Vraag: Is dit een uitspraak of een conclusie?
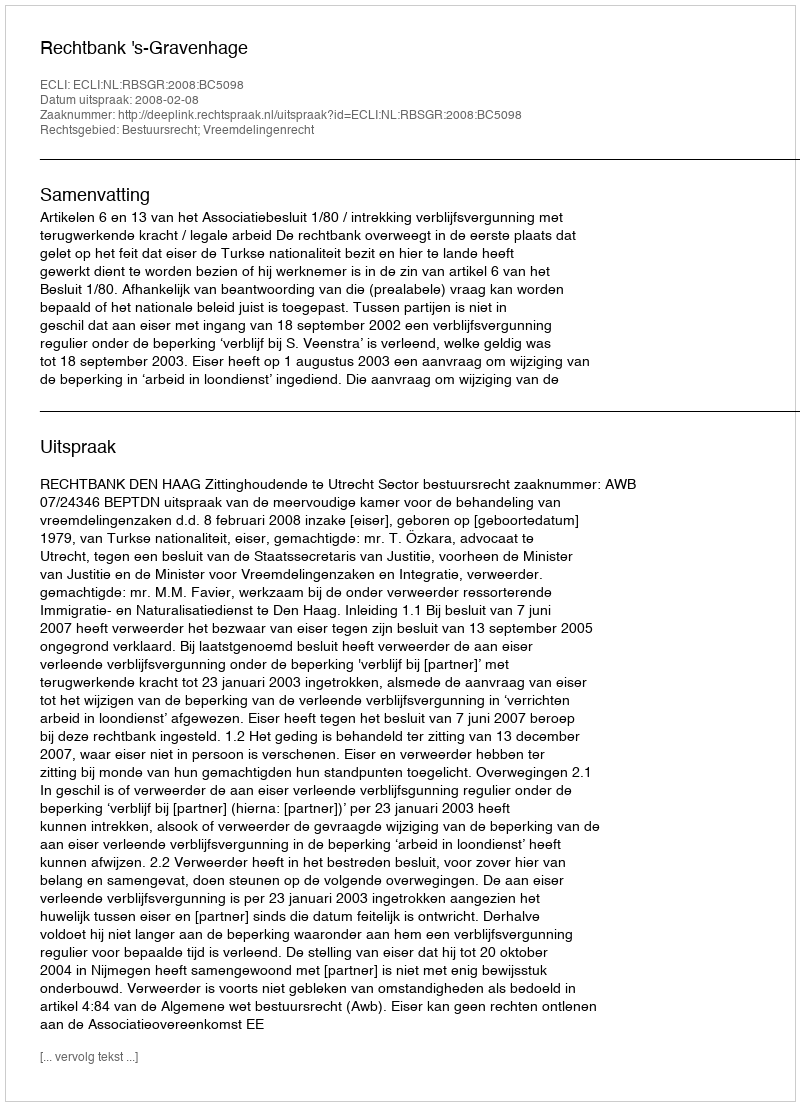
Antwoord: Uitspraak